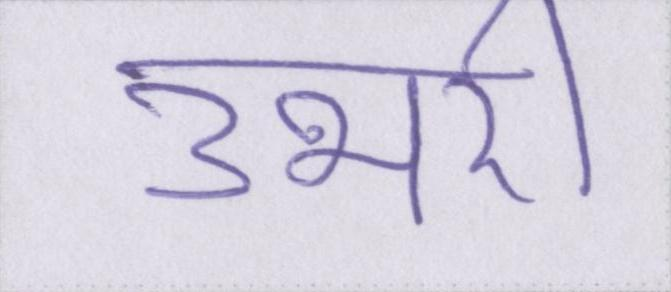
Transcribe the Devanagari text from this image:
उभरी